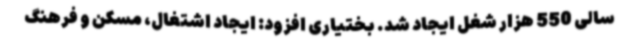
سالی 550 هزار شغل ایجاد شد. بختیاری افزود: ایجاد اشتغال، مسکن و فرهنگ